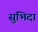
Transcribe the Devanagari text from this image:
सुभिदा